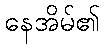
နေအိမ်၏